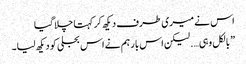
اس نے میری طرف دیکھ کر کہتا چلا گیا
” بالکل وہی…. لیکن اس بار ہم نے اس بجلی کو دیکھ لیا۔